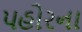
પહોરના